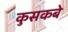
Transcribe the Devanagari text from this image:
कुसकबे